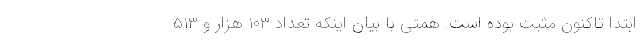
ابتدا تاکنون مثبت بوده است. همتی با بیان اینکه تعداد ۱۰۳ هزار و ۵۱۳